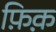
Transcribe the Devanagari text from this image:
फ़िक़